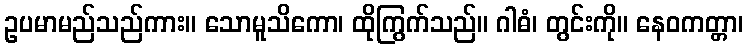
ဥပမာမည်သည်ကား။ သောမူသိကော၊ ထိုကြွက်သည်။ ဂါဓံ၊ တွင်းကို။ နေဝကတ္တာ၊